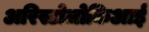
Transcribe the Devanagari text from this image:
अरिस्टोलोकिआई